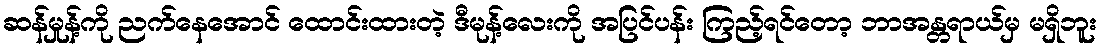
ဆန်မှုန့်ကို ညက်နေအောင် ထောင်းထားတဲ့ ဒီမုန့်လေးကို အပြင်ပန်း ကြည့်ရင်တော့ ဘာအန္တရာယ်မှ မရှိဘူး